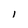
Character: 1